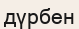
дүрбен